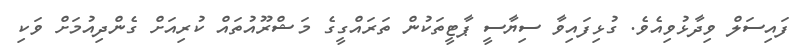
ފައިސަލް ވިދާޅުވިއެވެ. ގުޅިފައިވާ ސިޔާސީ ޕާޓީތަކުން ތަރައްގީގެ މަޝްރޫއުތައް ކުރިއަށް ގެންދިއުމަށް ވަކި